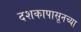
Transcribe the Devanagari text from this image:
दशकापासूनच्या